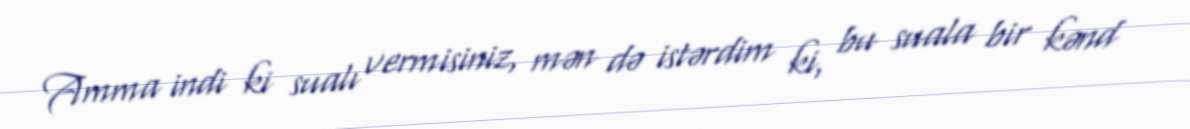
Amma indi ki sualı vermisiniz, mən də istərdim ki, bu suala bir kənd